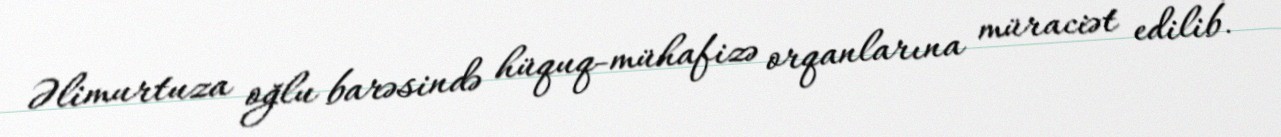
Əlimurtuza oğlu barəsində hüquq-mühafizə orqanlarına müraciət edilib.